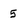
Character: 5